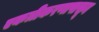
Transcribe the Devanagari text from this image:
एकत्रीकरणापासून